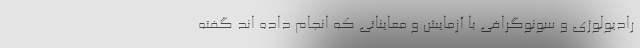
رادیولوژی و سونوگرافی با آزمایش و معایناتی که انجام داده اند گفته